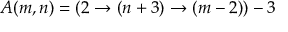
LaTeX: A ( m , n ) = ( 2 \rightarrow ( n + 3 ) \rightarrow ( m - 2 ) ) - 3